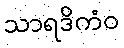
သာရဒိကံဝ